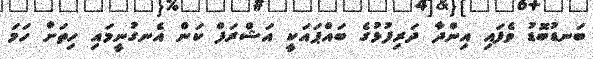
ބަނޑުބޮޑު ވެފައި އިންދާ ދަރިފުޅުގެ ބައްޕައަކީ އަޝްރަފް ކަން އެނގުނީމައި ހިތަށް ހަމަ